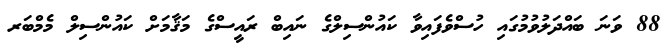
88 ވަނަ ބައްދަލުވުމުގައި ހުސްވެފައިވާ ކައުންސިލްގެ ނައިބް ރައީސްގެ މަޤާމަށް ކައުންސިލް މެމްބަރ